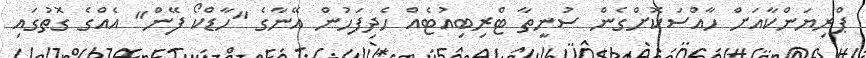
ޕްރިޔަންކާއަށް ހާއްސަކޮށްގެން ސުނީތާ ޓްރިބިއުޓެއް ހެދިފަހުން އޭނާގެ "ހާޑްކޯ ފޭން" އެއްގެ ގޮތުގައި